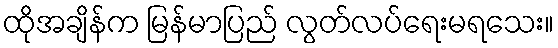
ထိုအချိန်က မြန်မာပြည် လွတ်လပ်ရေးမရသေး။